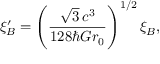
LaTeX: \xi _ { B } ^ { \prime } = \left( \frac { \sqrt 3 \, c ^ { 3 } } { 1 2 8 \hbar G r _ { 0 } } \right) ^ { 1 / 2 } \xi _ { B } ,